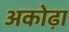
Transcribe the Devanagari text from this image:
अकोढ़ा